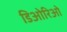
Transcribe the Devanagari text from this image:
डिओरिओ